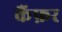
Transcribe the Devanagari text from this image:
कैंफ़र